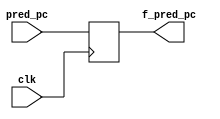
module f_reg(
  clk,pred_pc,
  f_pred_pc
);  
  input clk;
  input [63:0] pred_pc;
  output reg [63:0] f_pred_pc;

  always@(posedge clk)
  begin
    f_pred_pc<=pred_pc;
  end
endmodule